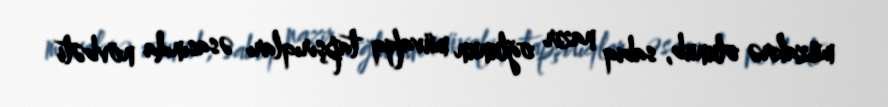
müzakirə olunub, sabiq nazir oğlunun müvafiq tapşırıqları əsasında növbəti